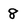
Character: 8